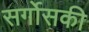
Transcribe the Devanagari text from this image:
सर्गोसकी